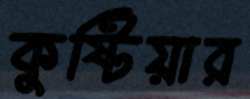
কুষ্টিয়ার